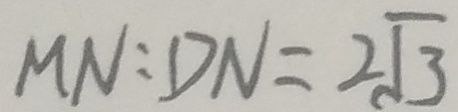
M N : D N = 2 \sqrt { 3 }